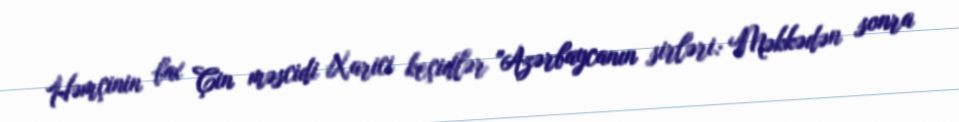
Həmçinin bax Çin məscidi Xarici keçidlər "Azərbaycanın sirləri: Məkkədən sonra